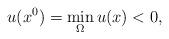
LaTeX: \begin{align*}u(x^0)=\min_\Omega u(x)<0,\end{align*}